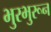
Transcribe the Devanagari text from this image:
भुरभुरून